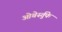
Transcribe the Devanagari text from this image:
ओबेर्स्तुफे